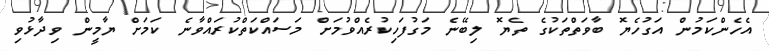
އެހެންކަމުން އަގުހެޔޮ ބާވަތްތަކުގެ ތެޔޮ ލިބޭނެ މަގުފަހިކުރެއްވުމަށް މަސައްކަތްކުރައްވާނެ ކަމަށް ޔާމީން ވިދާޅުވި